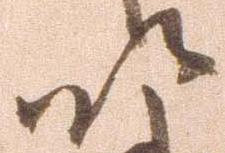
以